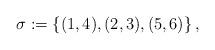
LaTeX: \begin{align*} \sigma:=\{(1,4),(2,3),(5,6)\}\,,\end{align*}